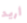
أريد